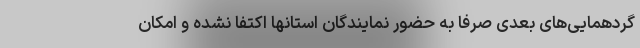
گردهمایی‌های بعدی صرفا به حضور نمایندگان استانها اکتفا نشده و امکان